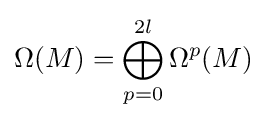
\Omega (M)=\bigoplus _{p=0}^{2l}\Omega ^{p}(M)